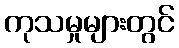
ကုသမှုများတွင်